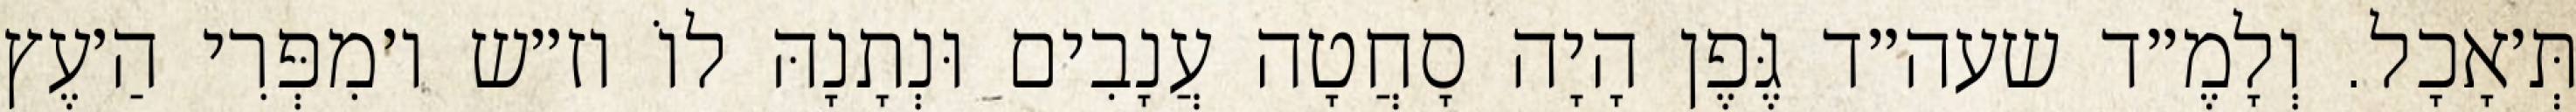
תְּ׳אָכָל. וְלָמֶ״ד שעה״ד גֶּפֶן הָיָה סָחֲטָה עֲנָבִים וּנְתָנָהּ לוֹ וז״ש ו׳מִפְּרִי הַ׳עֶץ